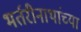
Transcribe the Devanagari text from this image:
भर्तरीनाथांच्या